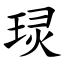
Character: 㻏